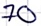
Text: 70